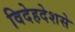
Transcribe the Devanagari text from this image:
विदेहदेशसे